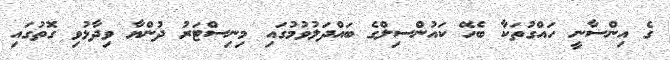
ގެ އިންސާނީ ހައްގުތަކާ ބެހޭ ކައުންސިލްގެ ބައްދަލުވުމުގައި މިނިސްޓަރު ދުންޔާ ވިދާޅުވި ގޮތުގައި